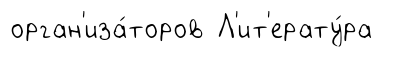
орган'иза́торов Л'ит'ерату́ра